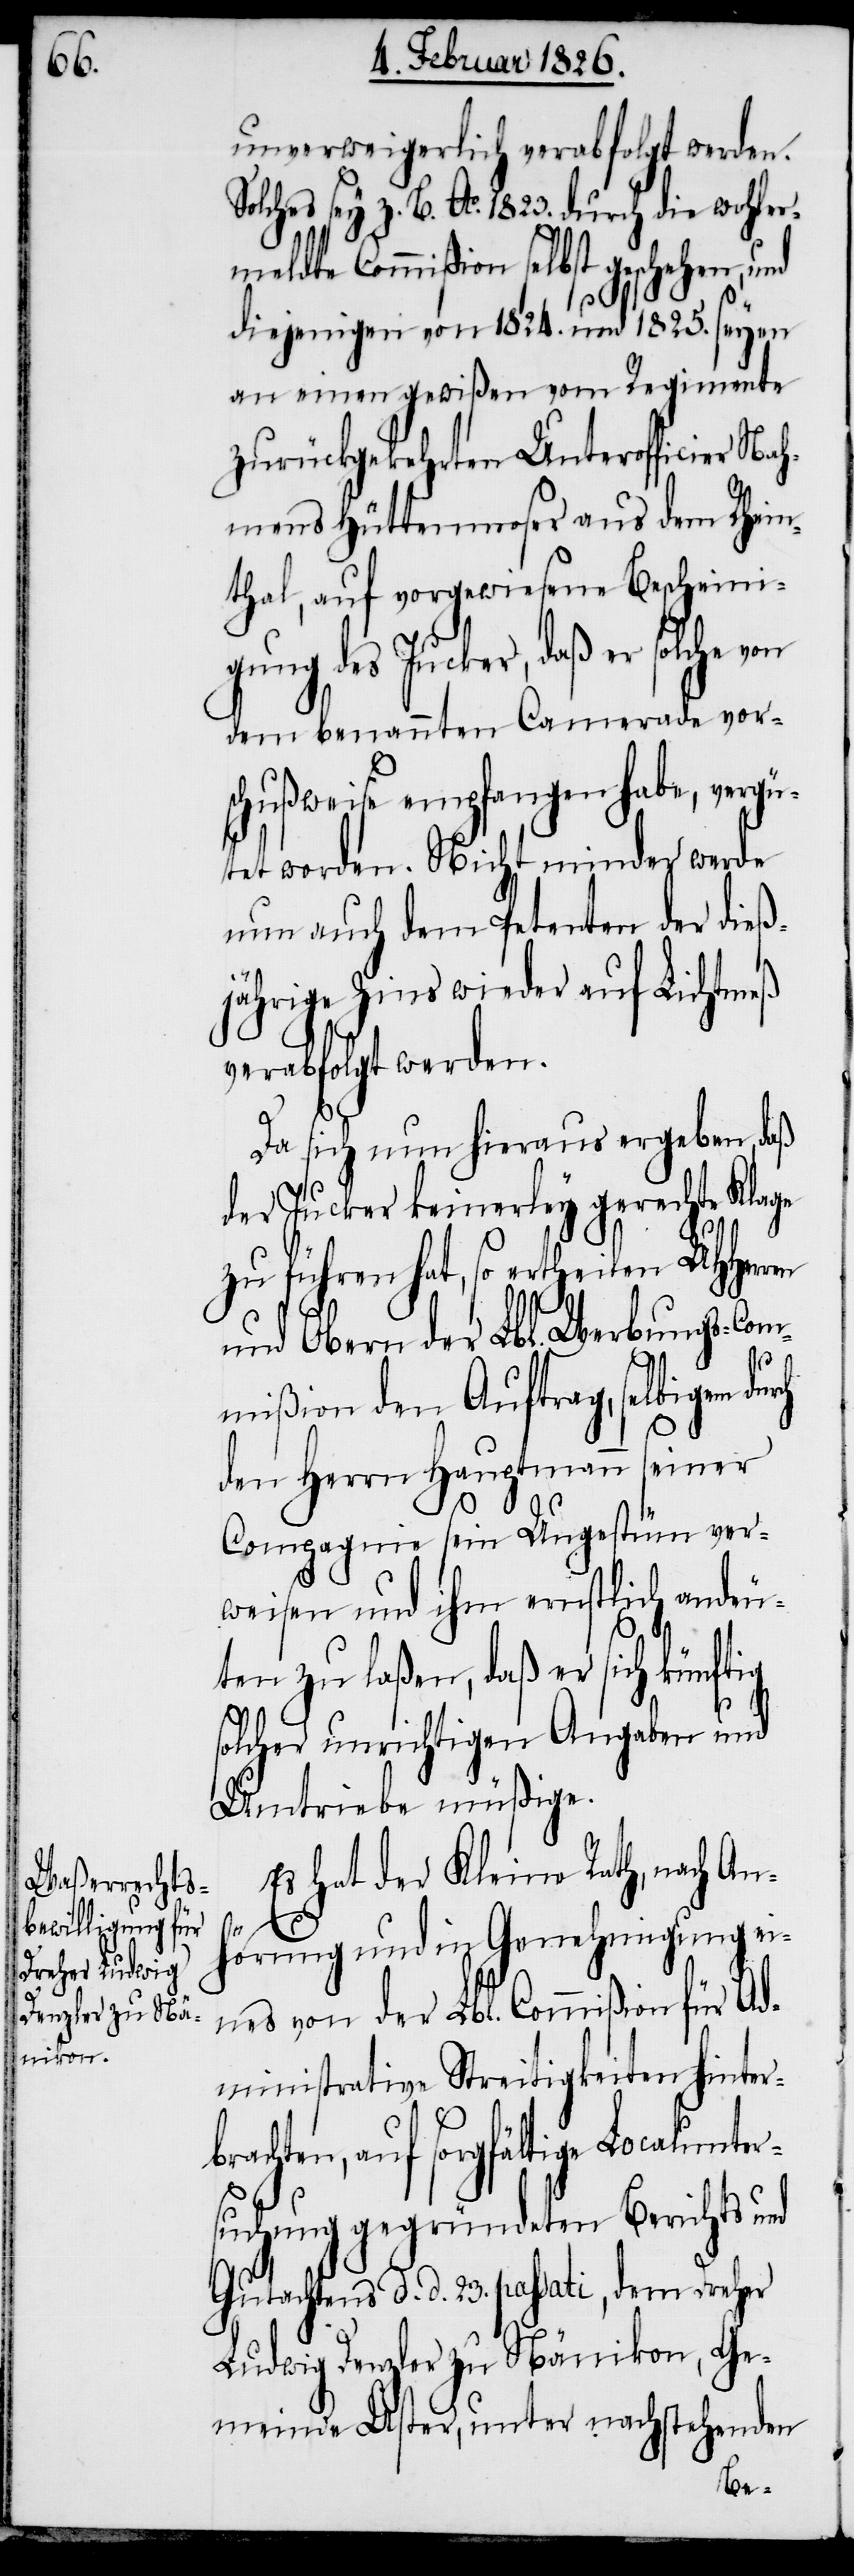
ren

unverweigerlich verabfolgt werden.
sey z. B. Ao. 1823. durch die wohler¬
meldte Commißion selbst geschehen,
diejenigen von 1824. und 1825. seyen
an einen gewißen vom Regimente
zurückgekehrten Unterofficier
mens Hüttenmoser aus dem Rhein¬
thal, auf vorgewiesene Bescheini¬
gung des Jucker, daß er solche
dem benannten Camerade vor¬
schußweise empfangen habe, verg¬
ütet worden. Nicht minder werde
nun auch dem Petenten der dieß¬
jährige Zins wieder auf Lichtmeß
verabfolgt werden.
Da sich nun hieraus ergeben, daß
der Jucker keinerley gerechte Klage
zu führen hat, so ertheilen UHHer¬
Nah¬
und Obern der Lbl. Werbungs-Com¬
mißion den Auftrag, selbigem
den Herrn Hauptmann seiner
Compagnie sein Ungestüm ver¬
weisen und ihm ernstlich andeu¬
ten zu laßen, daß er sich künftig
solcher unrichtigen Angaben und
Umtriebe müßige.
Es hat der Kleine Rath, nach An¬
hörung und in Genehmigung ei¬
nes von der Lbl. Commißion für Ad¬
ministrative Streitigkeiten hinter¬
brachten, auf sorgfältige Localunter¬
suchung gegründeten Berichts und
Gutachtens d. d. 23. passati, dem Dreher
Ludwig Denzler zu Nänikon, Ge¬
meinde Uster, unter nachstehenden